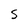
Character: s